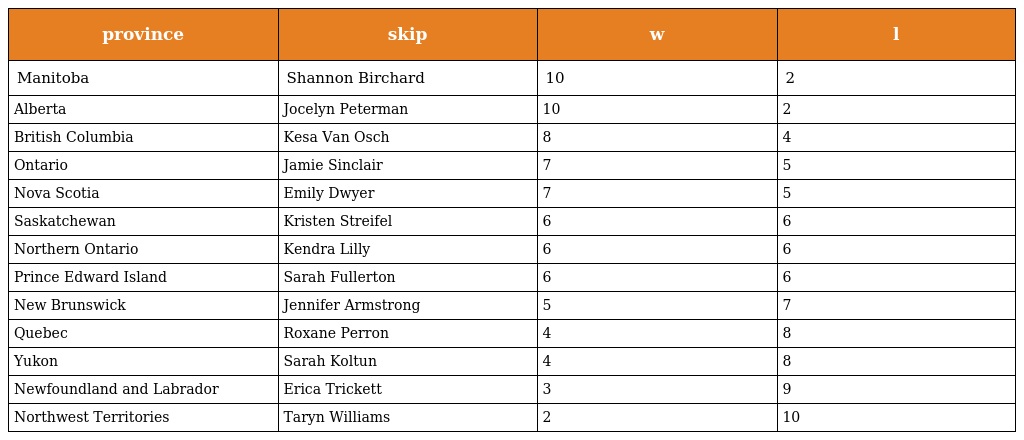
| province | skip | w | l |
 | --- | --- | --- | --- |
 | Manitoba | Shannon Birchard | 10 | 2 |
 | Alberta | Jocelyn Peterman | 10 | 2 |
 | British Columbia | Kesa Van Osch | 8 | 4 |
 | Ontario | Jamie Sinclair | 7 | 5 |
 | Nova Scotia | Emily Dwyer | 7 | 5 |
 | Saskatchewan | Kristen Streifel | 6 | 6 |
 | Northern Ontario | Kendra Lilly | 6 | 6 |
 | Prince Edward Island | Sarah Fullerton | 6 | 6 |
 | New Brunswick | Jennifer Armstrong | 5 | 7 |
 | Quebec | Roxane Perron | 4 | 8 |
 | Yukon | Sarah Koltun | 4 | 8 |
 | Newfoundland and Labrador | Erica Trickett | 3 | 9 |
 | Northwest Territories | Taryn Williams | 2 | 10 |